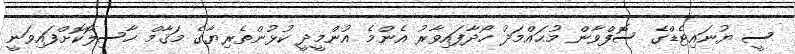
ސީ ޔުނައިޓެޑްގެ ސޮފްވާން މުޙައްމަދު ހޯދާފައިވާރު އެންމެ އުންމީދީ ކުޅުންތެރިޔާގެ މަޤާމް ހާސިލޮކޮށްފައިވަނީ